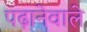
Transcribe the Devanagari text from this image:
पढ़ानेवाले